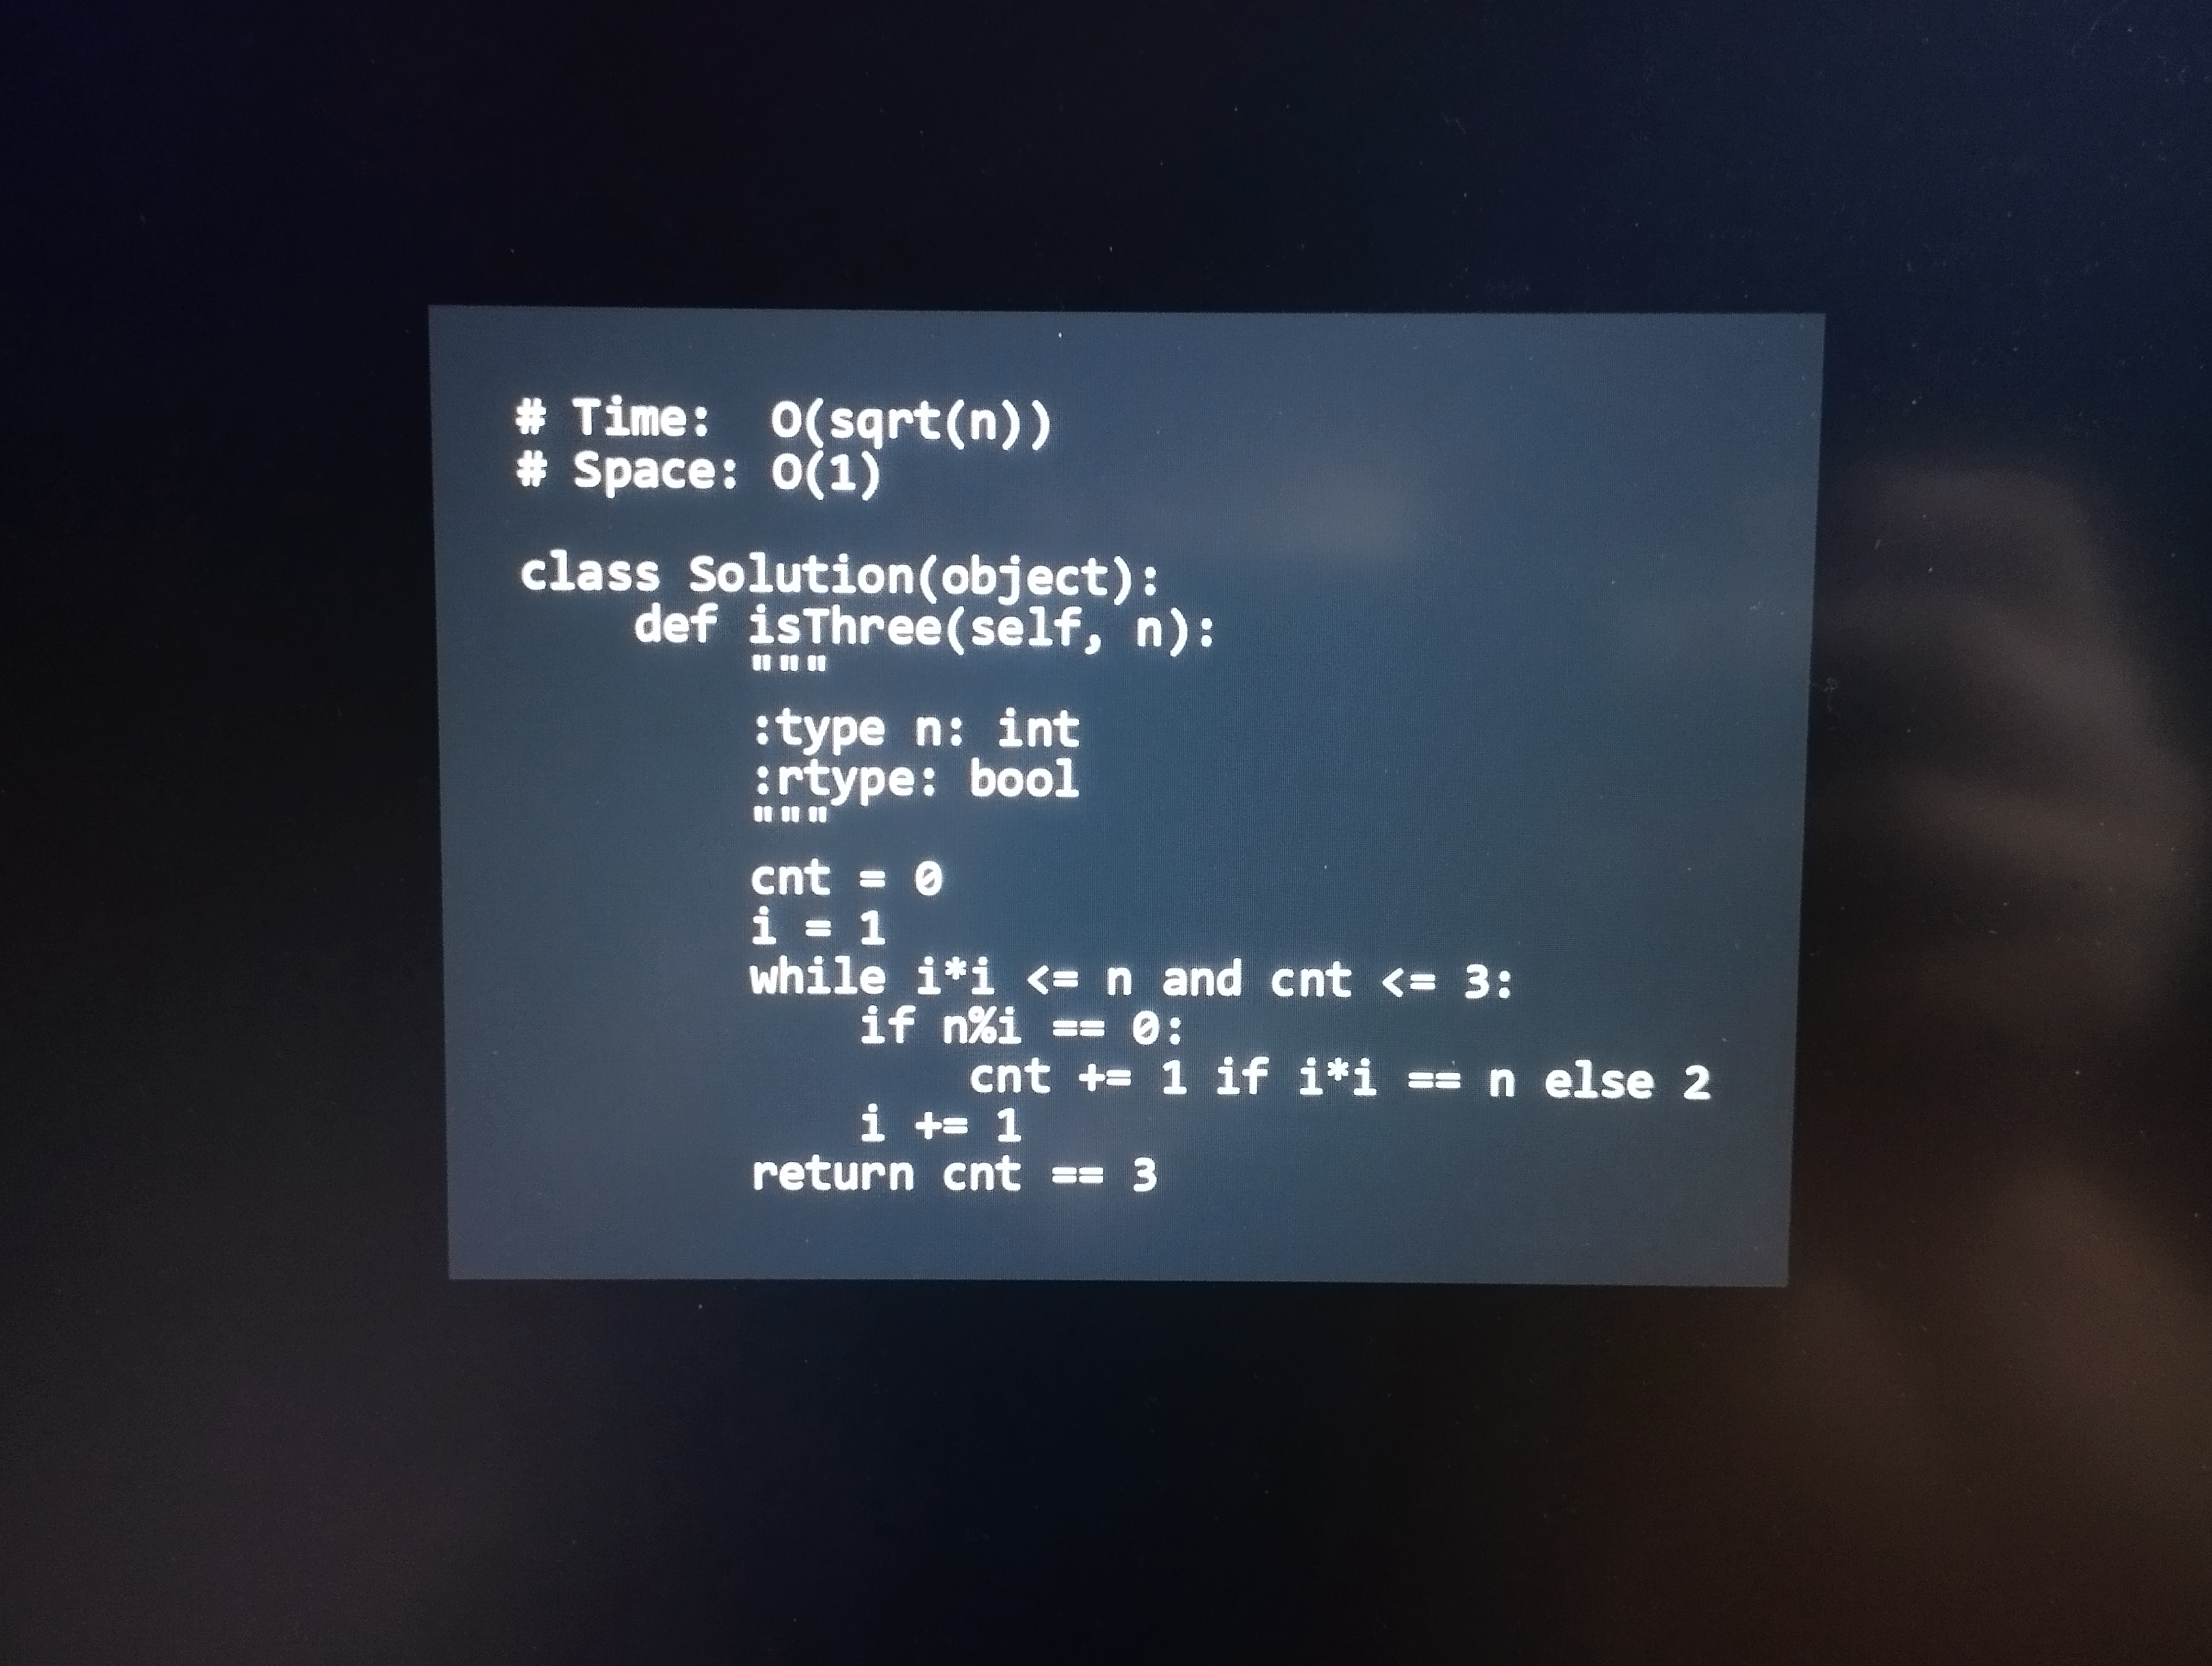
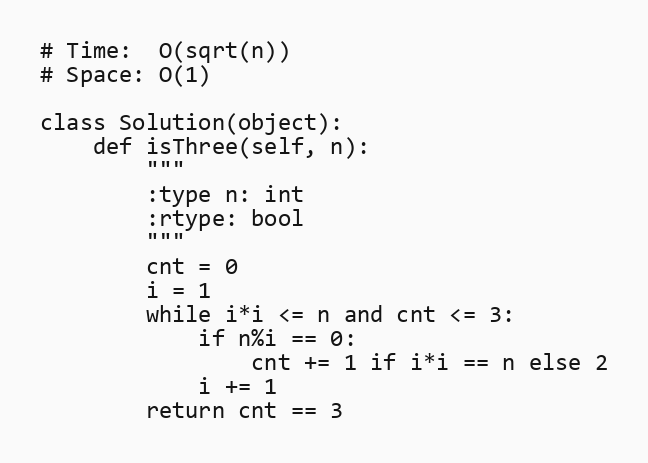
# Time:  O(sqrt(n))
# Space: O(1)

class Solution(object):
    def isThree(self, n):
        """
        :type n: int
        :rtype: bool
        """
        cnt = 0
        i = 1
        while i*i <= n and cnt <= 3:
            if n%i == 0:
                cnt += 1 if i*i == n else 2
            i += 1
        return cnt == 3